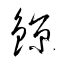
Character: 鍄